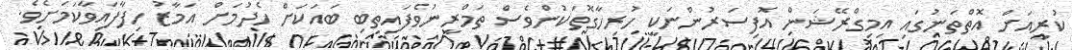
ކުރިއަށް އޮތްތަނުގައި އިމިގްރޭޝަން އޮފިސަރުންނަކީ ހުރިހާގޮތަކުންވެސް ތަމްރީނުވެފައިތިބި ބައަކަށް ހެދުމަށް އަމާޒު ހިފާފައިވާކަމަށެވެ.